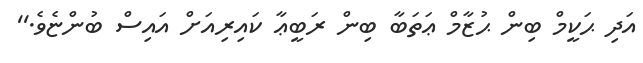
އަދި ޙަކީމް ބިން ޙުޒާމް ޢަތަބާ ބިން ރަބީޢާ ކައިރިއަށް އައިސް ބުންޏެވެ.''